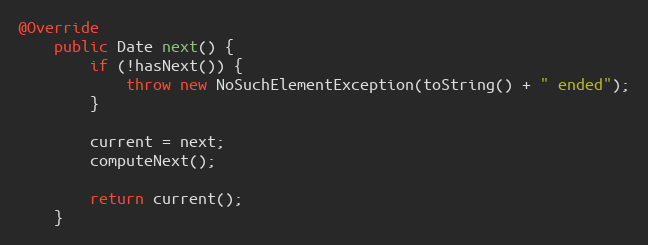
Language: Java
@Override
	public Date next() {
		if (!hasNext()) {
			throw new NoSuchElementException(toString() + " ended");
		}

		current = next;
		computeNext();

		return current();
	}